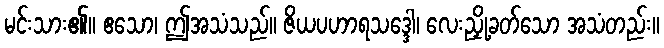
မင်းသား၏။ ဧသော၊ ဤအသံသည်။ ဇိယပဟာရသဒ္ဒေါ၊ လေးညှို့ခတ်သော အသံတည်း။